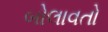
બોલાવતો